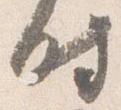
時